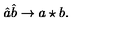
\hat { a } \hat { b } \rightarrow a \star b .